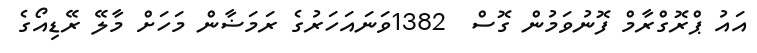
އައު ޕްރޮގްރާމް ފޮނުވަމުން ގޮސް  1382ވަނައަހަރުގެ ރަމަޟާން މަހަށް މާލޭ ރޭޑިއޯގެ